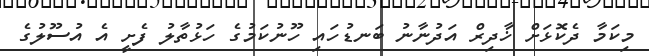
މިކަމާ ދެކޮޅަށް ޚާދިރް އަދުނާނު ބަނޑުހައި ހޫނުކަމުގެ ހަޅުތާލު ފެށީ އެ އުސޫލުގެ